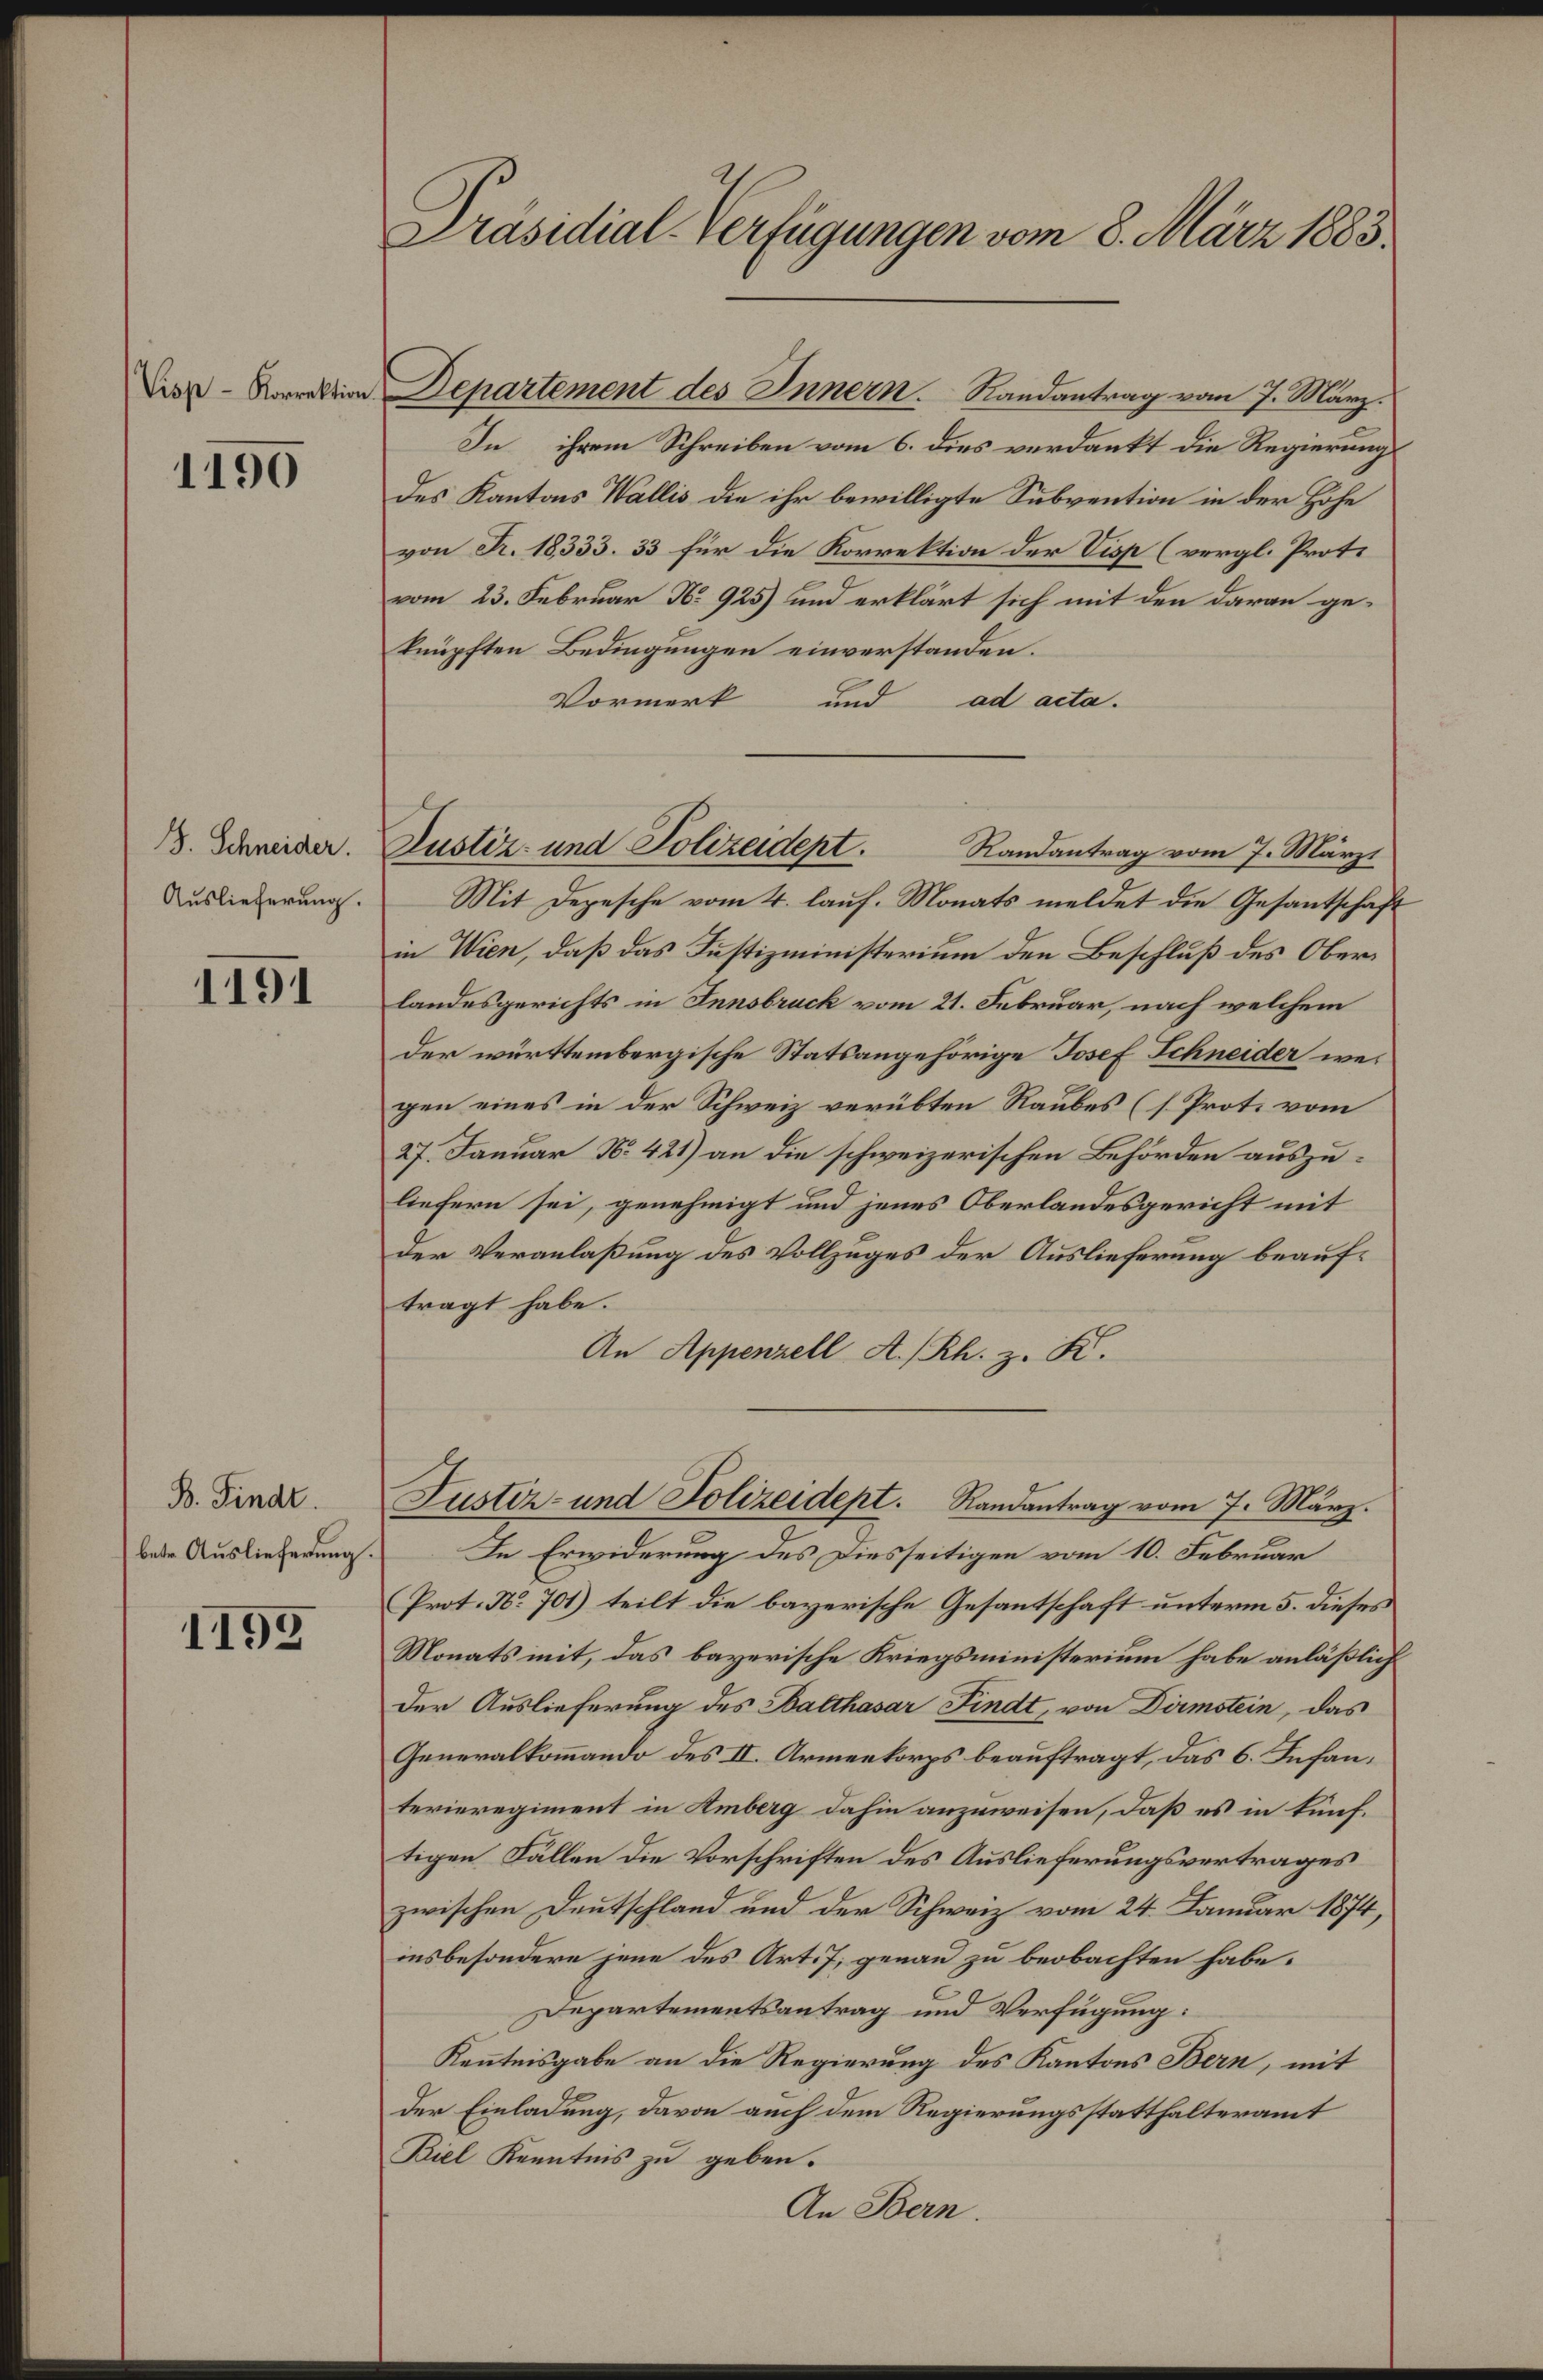
1190

J. Schneider.
Auslieferung.

1191

B. Findt.
betr. Auslieferung.

1152

Präsidial-Verfügungen vom 8. März 1883.

In ihrem Schreiben vom 6. dies verdankt die Regierung
des Kantons Wallis die ihr bewilligte Subvention in der Höhe
von Fr. 18333. 33 für die Korrektion der Visp (vergl. Prot.
vom 23. Februar No. 925) und erklärt sich mit den daran geknüpften Bedingungen einverstanden.
Vormerk
und
ad acta.
Randantrag vom 7. März
Mit Depesche vom 4. lauf. Monats meldet die Gesantschafin Wien, daß das Justizministerium den Beschluß des Oberlandesgerichts in Innsbruck vom 21. Februar, nach welchem
der württembergische Statsangehörige Josef Schneider wei
gen eines in der Schweiz verübten Raubes (s. Prot. vom
27. Januar No. 421) an die schweizerischen Behörden auszuliefern sei, genehmigt und jenes Oberlandesgericht mit
Der Veranlaßung des Vollzuges der Auslieferung beauftragt habe.
An Appenzell A.-Rh. z. K.
Justiz- und Polizeidept. Randantrag vom 7. März.
In Erwiderung des Diesseitigen vom 10. Februar
Prot. No 701) teilt die bayerische Gesantschaft unterm 5. dieses
Monats mit, das bayerische Kriegsministerium habe anläßlich
Der Auslieferung des Balthasar Findt, von Dirmstein, das
Generalkommando des II. Armeekorps beauftragt, das 6. Infan
terieregiment in Amberg dahin anzuweisen, daß es in tünftigen Fällen die Vorschriften des Auslieferungsvertrages
zwischen Deutschland und der Schweiz vom 24. Januar 1874,
insbesondere jene des Art. 7, genau zu beobachten habe.
Departementsantrag und Verfügung:
Kenntnisgabe an die Regierung des Kantons Bern, mit
der Einladung, davon auch dem Regierungsstatthalteramt
Biel Kenntnis zu geben.
An Bern.

Vor Normation Departement des Innern. Randantrag vom 7. März.

Justiz- und Polizeident.